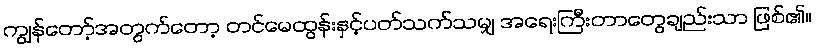
ကျွန်တော့်အတွက်တော့ တင်မေထွန်းနှင့်ပတ်သက်သမျှ အရေးကြီးတာတွေချည်းသာ ဖြစ်၏။